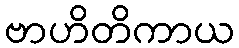
ဗာဟိတိကာယ